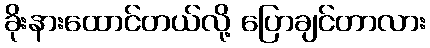
ခိုးနားထောင်တယ်လို့ ပြောချင်တာလား